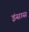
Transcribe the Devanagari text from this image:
इंसास